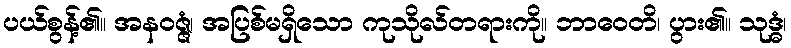
ပယ်စွန့်၏။ အနဝဇ္ဇံ၊ အပြစ်မရှိသော ကုသိုလ်တရားကို။ ဘာဝေတိ၊ ပွား၏။ သုဒ္ဓံ၊